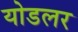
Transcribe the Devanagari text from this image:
योडलर